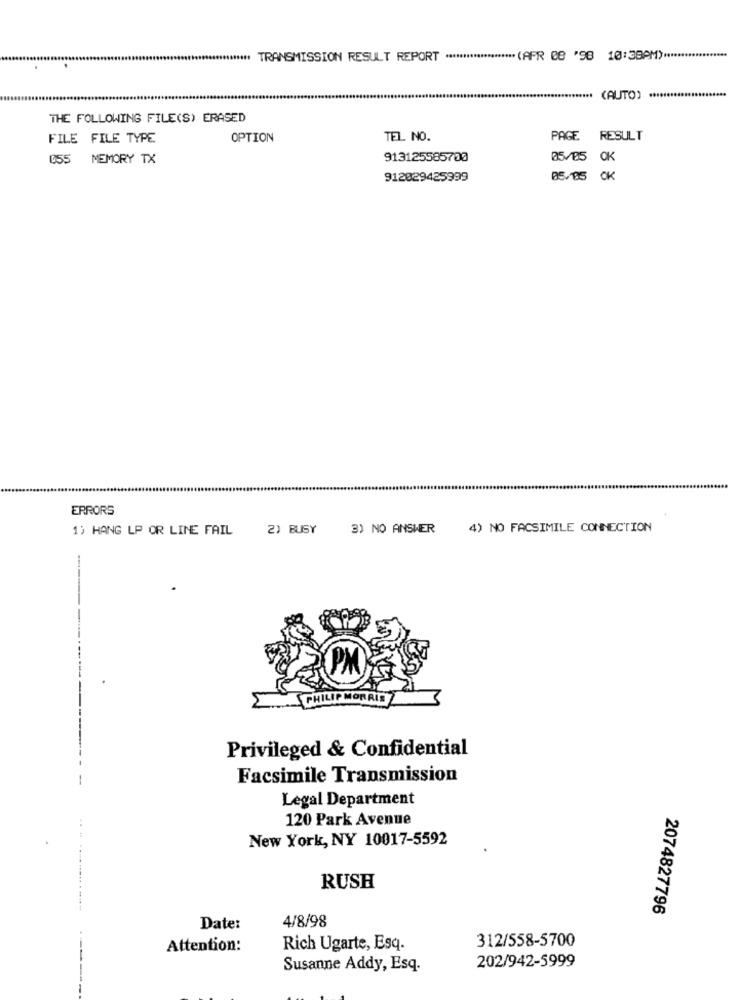
TRANSMISSION RESULT REPORT ******************** (APR 08 '98 10:38PM) ******************
... (AUTO) ...............
THE FOLLOWING FILE(S) ERASED
FILE FILE TYPE
OPTION
TEL. NO.
PAGE RESULT
055 MEMORY TX
913125585700
05/05 OK
912029425999
05/85 OK
ERRORS
1) HANG LP OR LINE FAIL
2) BUSY
3) NO ANSWER
4) NO FACSIMILE CONNECTION
MORRIS
Privileged & Confidential
Facsimile Transmission
Legal Department
120 Park Avenue
New York, NY 10017-5592
RUSH
2074827796
4/8/98
Date:
312/558-5700
Attention:
Rich Ugarte, Esq.
202/942-5999
Susanne Addy, Esq.